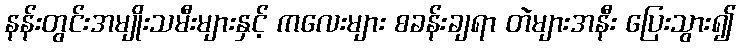
နန်းတွင်းအမျိုးသမီးများနှင့် ကလေးများ စခန်းချရာ တဲများအနီး ပြေးသွား၍